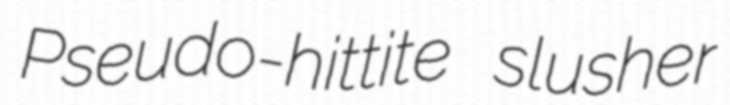
Pseudo-hittite slusher